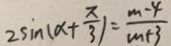
2 \sin ( \alpha + \frac { \pi } { 3 } ) = \frac { m - 4 } { m + 3 }